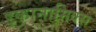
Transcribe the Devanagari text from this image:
इकानामिक्स